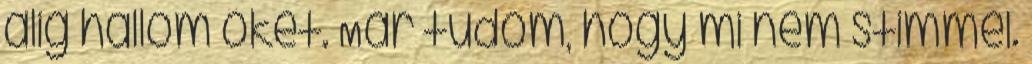
alig hallom őket. Már tudom, hogy mi nem stimmel.